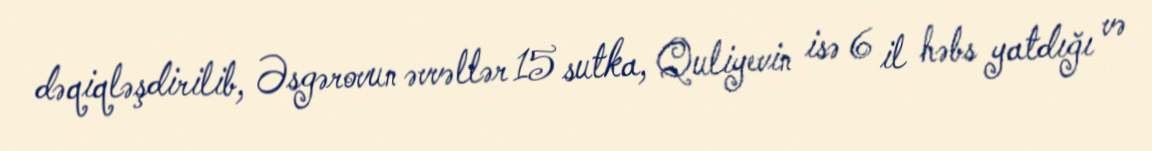
dəqiqləşdirilib, Əsgərovun əvvəllər 15 sutka, Quliyevin isə 6 il həbs yatdığı və